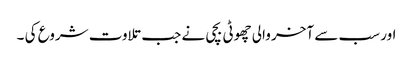
اور سب سے آخر والی چھوٹی بچی نے جب تلاوت شروع کی ۔